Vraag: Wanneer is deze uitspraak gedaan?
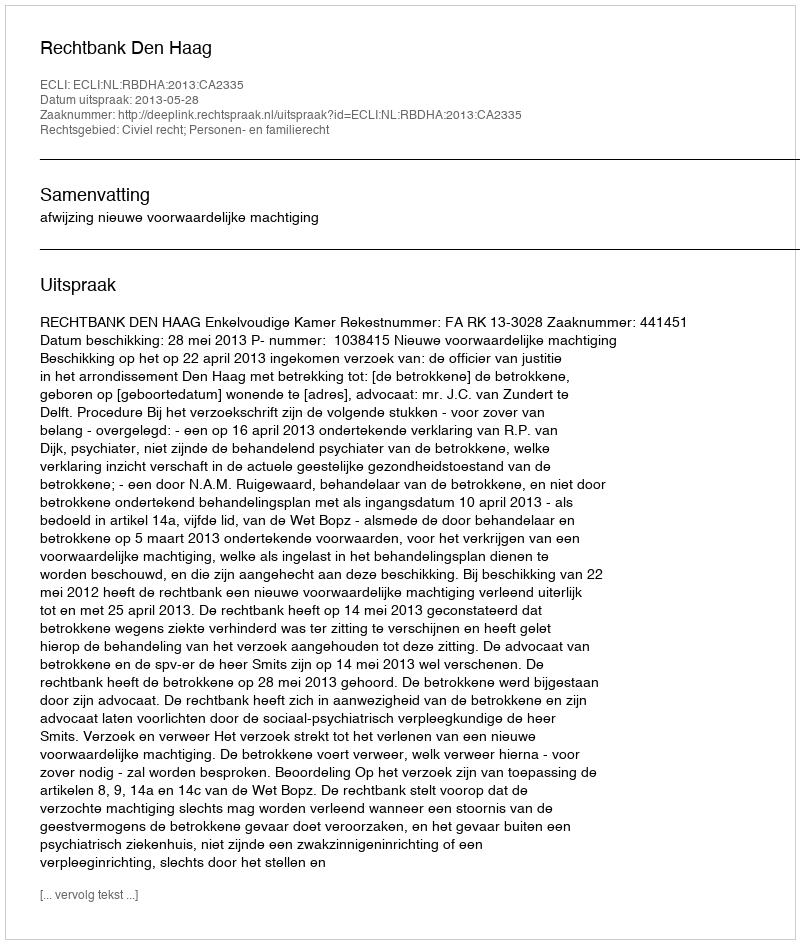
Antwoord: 2013-05-28